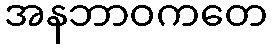
အနဘာဝကတေ